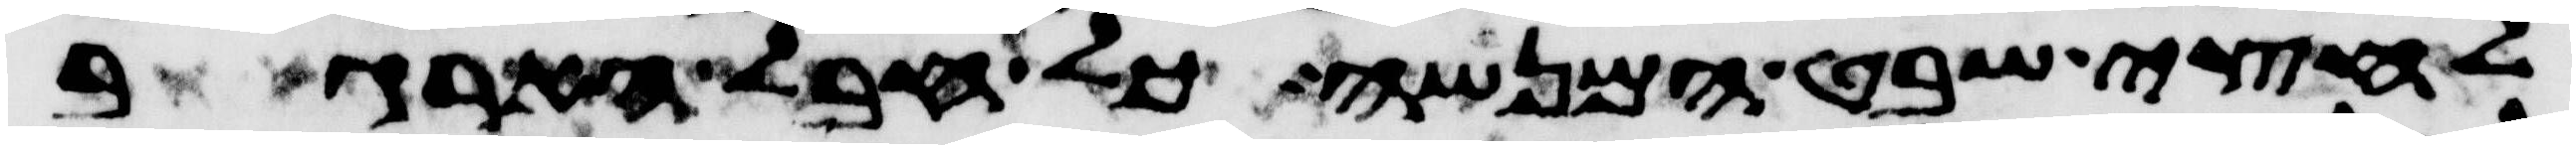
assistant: לחצי שבט המנשה כל חבל הארגב